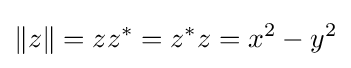
\lVert z\rVert =zz^{*}=z^{*}z=x^{2}-y^{2}